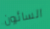
السائرون